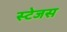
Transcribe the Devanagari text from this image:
स्टेजस